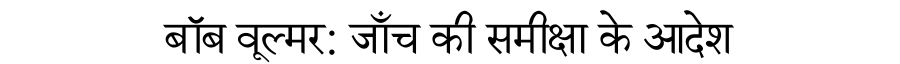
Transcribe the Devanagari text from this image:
बॉब वूल्मर: जाँच की समीक्षा के आदेश